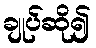
ချုပ်ဆို၍